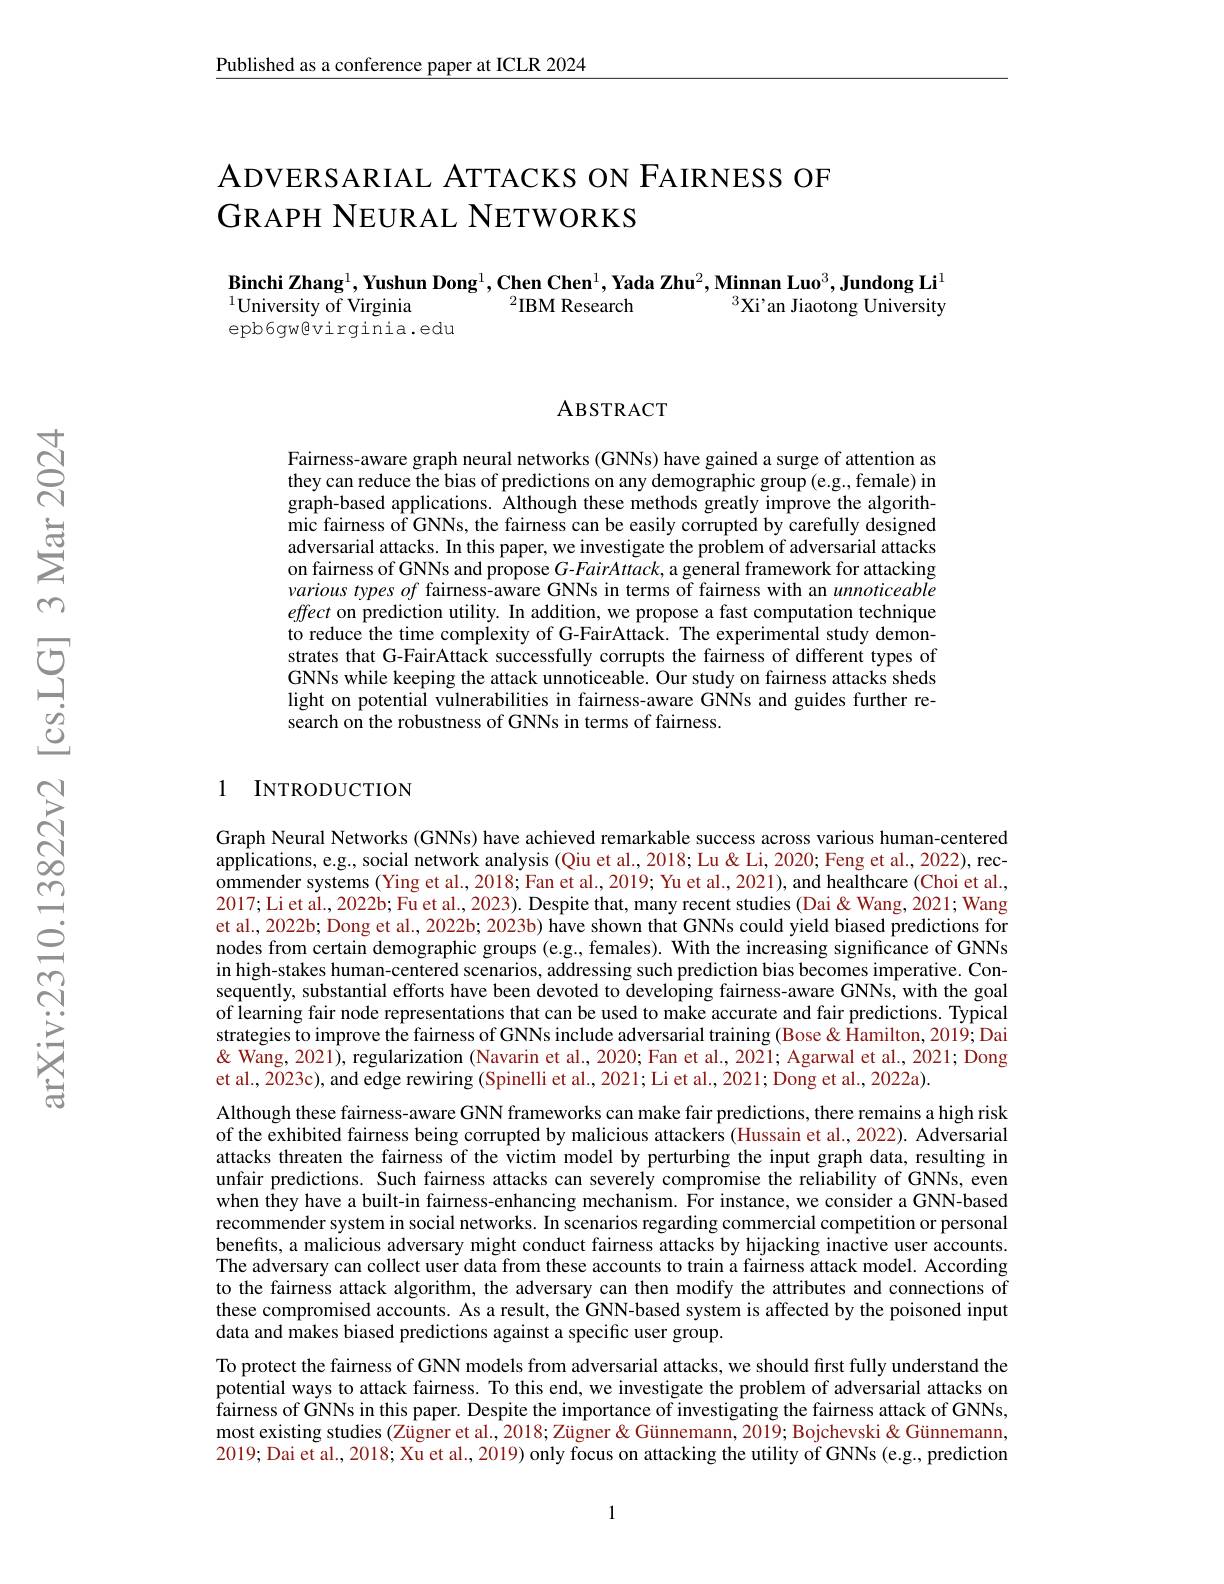
Published as a conference paper at ICLR 2024

## ADVERSARIAL ATTACKS ON FAIRNESS OF GRAPH NEURAL NETWORKS

$\textbf{Binchi Zhang}^1,\textbf{Yushun Dong}^1,\textbf{Chen Chen}^1,\textbf{Yada Zhu}^2,\textbf{Minnan Luo}^3,\textbf{Jundong Li}^1$
$^{1}$University of Virginia
$^{2}$IBM Research
$^3$Xi'an Jiaotong University
epb6gwêvirginia.edu

ABSTRACT

Fairness-aware graph neural networks (GNNs) have gained a surge of attention as they can reduce the bias of predictions on any demographic group (e.g., female) in graph-based applications. Although these methods greatly improve the algorithmic fairness of GNNs, the fairness can be easily corrupted by carefully designed adversarial attacks. In this paper, we investigate the problem of adversarial attacks on fairness of GNNs and propose $G$-FairAttack, a general framework for attacking various types of fairness-aware GNNs in terms of fairness with an unnoticeable effect on prediction utility. In addition, we propose a fast computation technique to reduce the time complexity of G-FairAttack. The experimental study demonstrates that G-FairAttack successfully corrupts the fairness of different types of GNNs while keeping the attack unnoticeable. Our study on fairness attacks sheds light on potential vulnerabilities in fairness-aware GNNs and guides further research on the robustness of GNNs in terms of fairness.

### 1 INTRODUCTION

Graph Neural Networks (GNNs) have achieved remarkable success across various human-centered applications, e.g., social network analysis (Qiu et al., 2018; Lu& Li, 2020; Feng et al., 2022), recommender systems (Ying et al., 2018; Fan et al., 2019; Yu et al., 2021), and healthcare (Choi et al., 2017;Liet al., 2022b; Fu et al., 2023). Despite that, many recent studies (Dai&Wang, 2021; Wang et al., 2022b; Dong et al., 2022b; 2023b) have shown that GNNs could yield biased predictions for nodes from certain demographic groups (e.g., females). With the increasing significance of GNNs in high-stakes human-centered scenarios, addressing such prediction bias becomes imperative. Consequently, substantial efforts have been devoted to developing fairness-aware GNNs, with the goal of learning fair node representations that can be used to make accurate and fair predictions. Typical strategies to improve the fairness of GNNs include adversarial training (Bose & $\hat{\text{Hamilton,2019;Dai}}$ & " Dong (1,2021) , regularization (Navarin et al., 2020; Fan et al., 2021; Agarwal et al., 2021; Dong et al., 2023c), and edge rewiring (Spinelli et al., 2021; Li et al., 2021; Dong et al., 2022a).
Although these fairness-aware GNN frameworks can make fair predictions, there remains a high risk of the exhibited fairness being corrupted by malicious attackers (Hussain et al., 2022). Adversarial attacks threaten the fairness of the victim model by perturbing the input graph data, resulting in unfair predictions. Such fairness attacks can severely compromise the reliability of GNNs, even when they have a built-in fairness-enhancing mechanism. $\hat{\text{Forinstance,weconsideraGNN-based}}$ recommender system in social networks. In scenarios regarding commercial competition or personal benefits, a malicious adversary might conduct fairness attacks by hijacking inactive user accounts. The adversary can collect user data from these accounts to train a fairness attack model. According to the fairness attack algorithm, the adversary can then modify the attributes and connections of these compromised accounts. As a result, the GNN-based system is affected by the poisoned input data and makes biased predictions against a specific user group.
To protect the fairness of GNN models from adversarial attacks, we should first fully understand the potential ways to attack fairness. To this end, we investigate the problem of adversarial attacks on $\hat{\text{fairness of GNNs in this paper. Despite the importance of investigating the fairness attack of GNNs,}}$ most existing studies (Zügner et al., 2018; Zügner & Günnemann, 2019; Bojchevski & Günnemann, 2019; Dai et al., 2018; Xu et al., 2019) only focus on attacking the utility of GNNs (e.g., prediction

1